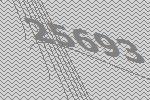
25693